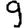
Digit: 9